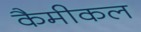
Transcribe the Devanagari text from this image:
कैमीकल